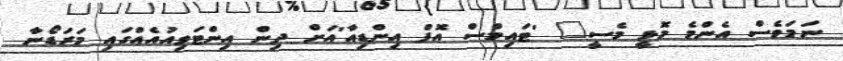
ނަމަވެސް އެންމެ މޮޅީ މެސީ" 'ޓައިމްސް އޮފް އިންޑިއާ'އަށް ދިން އިންޓަވިއުއެއްގައި މަރަޑޯނާ